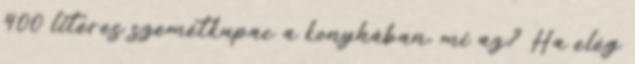
400 literes szemétkupac a konyhában, mi az? Ha elég